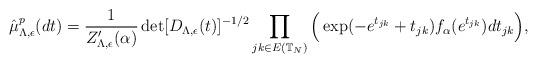
LaTeX: \begin{align*}\hat{\mu}^p_{\Lambda, \epsilon}(dt) = \frac{1}{Z'_{\Lambda,\epsilon}(\alpha)}\det[D_{\Lambda,\epsilon}(t)]^{-1/2}\prod_{jk \in E(\mathbb{T}_N)}\Big(\exp(-e^{t_{jk}}+t_{jk})f_\alpha(e^{t_{jk}})dt_{jk}\Big),\end{align*}